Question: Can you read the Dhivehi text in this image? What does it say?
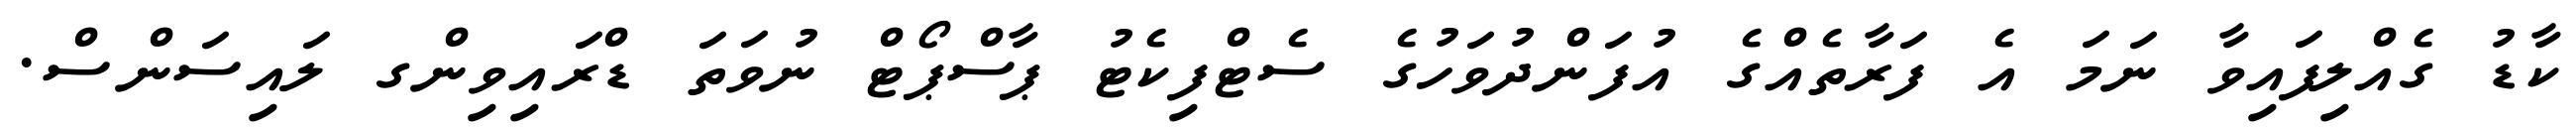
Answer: ކާޑު ގެއްލިފައިވާ ނަމަ އެ ފަރާތެއްގެ އުފަންދުވަހުގެ ސެޓްފިކެޓު ޕާސްޕޯޓް ނުވަތަ ޑްރައިވިންގ ލައިސަންސް.